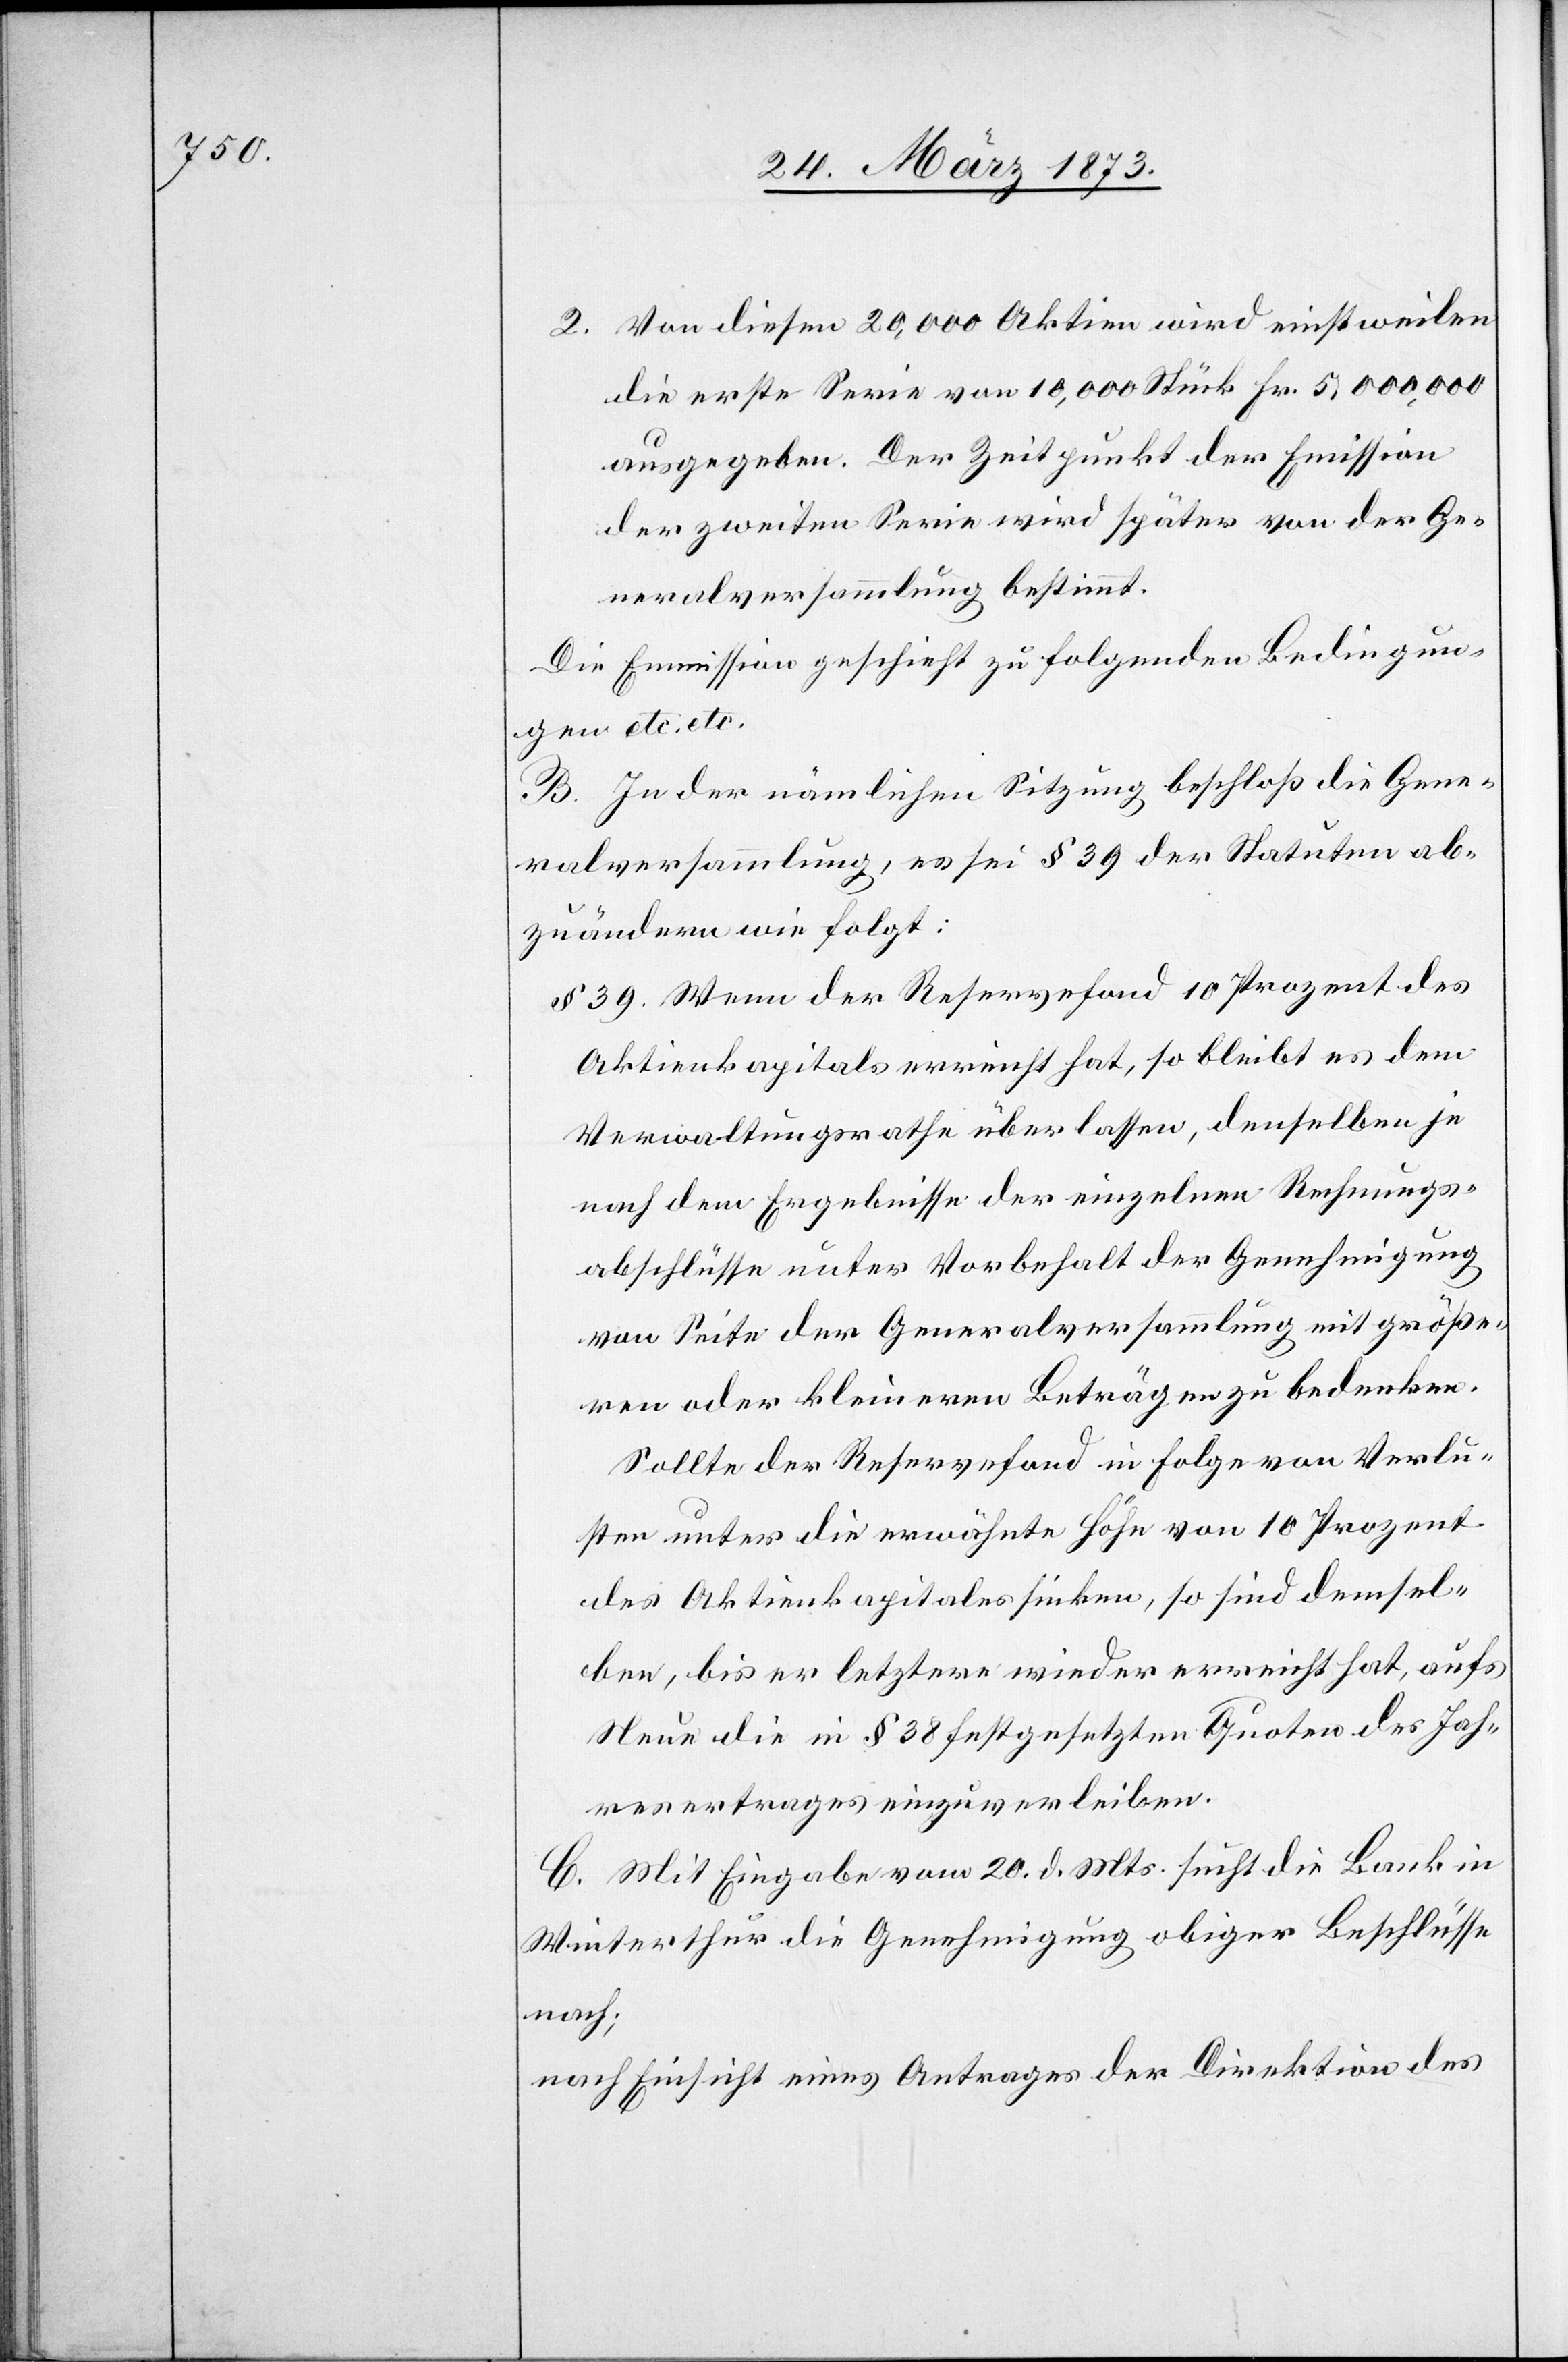
2. Von diesen 20,000 Aktien wird einstweilen
die erste Serie von 10,000 Stück Fr. 5,000,000
ausgegeben. Der Zeitpunkt der Emission
der zweiten Serie wird später von der Ge¬
neralversammlung bestimmt.
Die Emission geschieht zu folgenden Bedingun¬
gen etc. etc.
B. In der nämlichen Sitzung beschloß die Gene¬
ralversammlung, es sei § 39 der Statuten ab¬
zuändern wie folgt:
§ 39. Wenn der Reservefond 10 Prozent des
Aktienkapitals erreicht hat, so bleibt es dem
Verwaltungsrathe überlassen, denselben je
nach dem Ergebnisse der einzelnen Rechnungs¬
abschlüsse unter Vorbehalt der Genehmigung
von Seite der Generalversammlung mit größe¬
ren oder kleineren Beträgen zu bedenken.
Sollte der Reservefond in Folge von Verlu¬
sten unter die erwähnte Höhe von 10 Prozent
des Aktienkapitals sinken, so sind demsel¬
ben, bis er letztere wieder erreicht hat, aufs
Neue die in § 38 festgesetzten Quoten des Jah¬
resertrages einzuverleiben.
C. Mit Eingabe vom 20. d. Mts. sucht die Bank in
Winterthur die Genehmigung obiger Beschlüsse
nach;
nach Einsicht eines Antrages der Direktion des